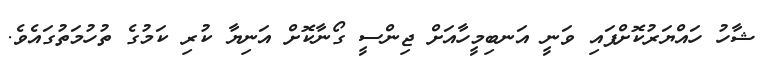
ޝާހު ހައްޔަރުކޮށްފައި ވަނީ އަނބިމީހާއަށް ޖިންސީ ގޯނާކޮށް އަނިޔާ ކުރި ކަމުގެ ތުހުމަތުގައެވެ.